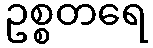
ဥစ္စတရေ